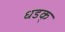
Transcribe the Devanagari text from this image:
धडक्